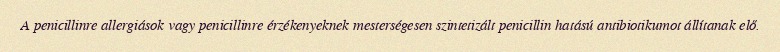
A penicillinre allergiások vagy penicillinre érzékenyeknek mesterségesen szintetizált penicillin hatású antibiotikumot állítanak elő.